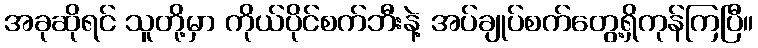
အခုဆိုရင် သူတို့မှာ ကိုယ်ပိုင်စက်ဘီးနဲ့ အပ်ချုပ်စက်တွေ့ရှိကုန်ကြပြီ။